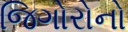
જિગોરોનો